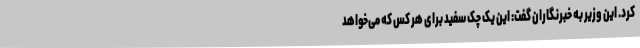
کرد. این وزیر به خبرنگاران گفت: این یک چک سفید برای هر کس که می‌خواهد